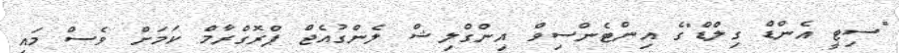
"ސިޓީ އެންޑް ގިލްޑް"ގެ އިންޓެންސިވް އިންގްލިޝް ލެންގުއެޖް ޕްރޮގްރާމް ކަމަށް ވެސް މައި